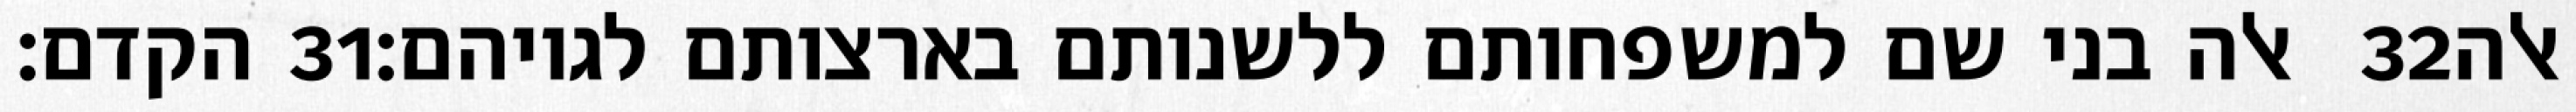
הקדם׃ ‎31‏ אלה בני שם למשפחותם ללשנותם בארצותם לגויהם׃ ‎32‏ אלה